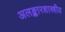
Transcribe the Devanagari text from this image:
अलङ्कारशास्त्रीय